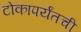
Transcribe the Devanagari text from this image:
टोकापर्यंतची